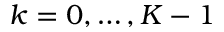
k = 0 , \ldots , K - 1